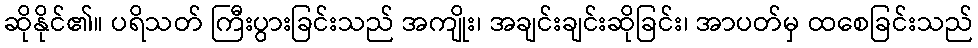
ဆိုနိုင်၏။ ပရိသတ် ကြီးပွားခြင်းသည် အကျိုး၊ အချင်းချင်းဆိုခြင်း၊ အာပတ်မှ ထစေခြင်းသည်